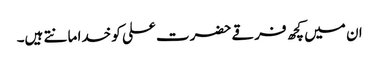
ان میں کچھ فرقے حضرت علی کو خدا مانتے ہیں۔